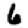
Digit: 6